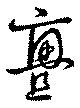
亹